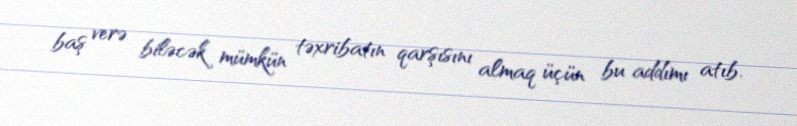
baş verə biləcək mümkün təxribatın qarşısını almaq üçün bu addımı atıb.